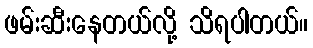
ဖမ်းဆီးနေတယ်လို့ သိရပါတယ်။